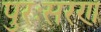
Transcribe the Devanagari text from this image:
पुरःसरण